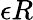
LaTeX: \epsilon R